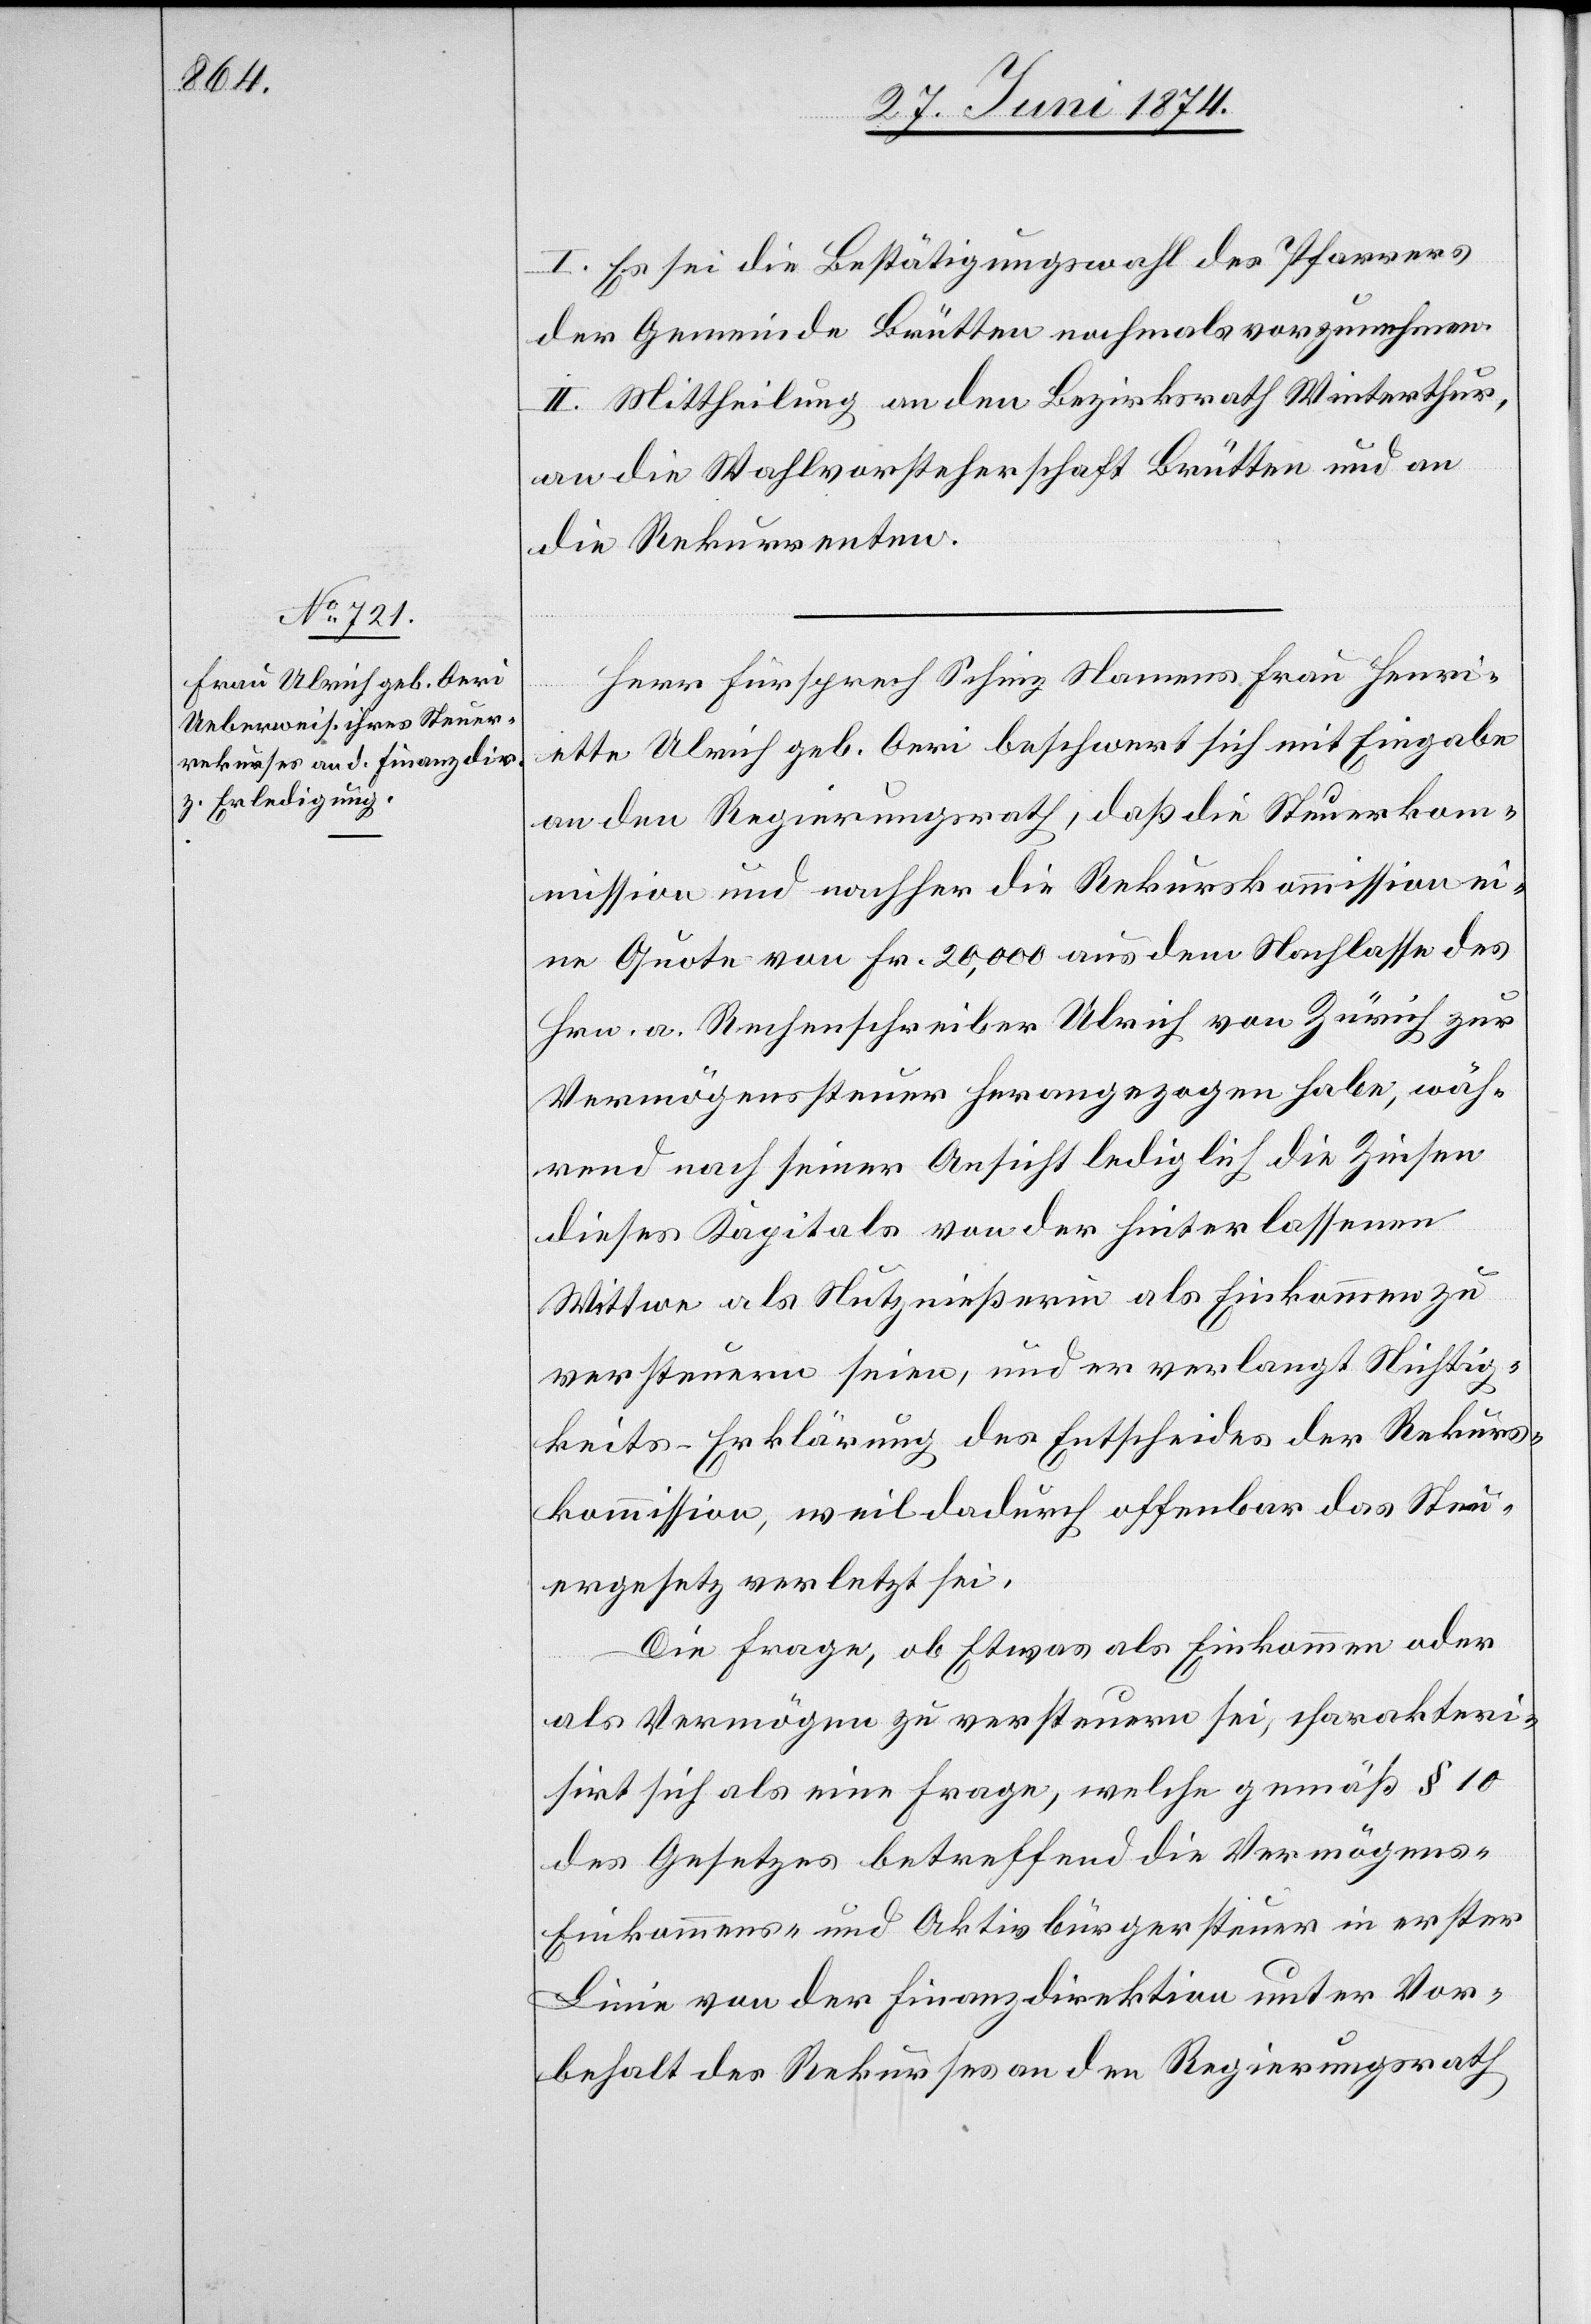
I. Es sei die Bestätigungswahl des Pfarrers
der Gemeinde Brütten nochmals vorzunehmen.
II. Mittheilung an den Bezirksrath Winterthur,
an die Wahlvorsteherschaft Brütten und an
die Rekurrenten.
Herr Fürsprech Schinz Namens Frau Henri¬
ette Ulrich geb. Oeri beschwert sich mit Eingabe
an den Regierungsrath, daß die Steuerkom¬
mission und nachher die Rekurskommission ei¬
ne Quote von Fr. 20,000 aus dem Nachlasse des
Hrn. a. Rechenschreiber Ulrich von Zürich zur
Vermögenssteuer herangezogen habe, wäh¬
rend nach seiner Ansicht lediglich die Zinsen
dieses Kapitals von der hinterlassenen
Wittwe als Nutznießerin als Einkommen zu
versteuern seien, und er verlangt Nichtig¬
keits-Erklärung des Entscheides der Rekurs¬
kommission, weil dadurch offenbar das Steu¬
ergesetz verletzt sei.
Die Frage, ob Etwas als Einkommen oder
als Vermögen zu versteuern sei, charakteri¬
sirt sich als eine Frage, welche gemäß § 10
des Gesetzes betreffend die Vermögens-[,]
Einkommens- und Aktivbürgersteuer in erster
Linie von der Finanzdirektion unter Vor¬
behalt des Rekurses an den Regierungsrath